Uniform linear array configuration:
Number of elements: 24
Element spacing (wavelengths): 0.5
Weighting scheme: cosine
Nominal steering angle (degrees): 45
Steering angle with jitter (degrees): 45.757
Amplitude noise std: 0.05
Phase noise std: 0.05

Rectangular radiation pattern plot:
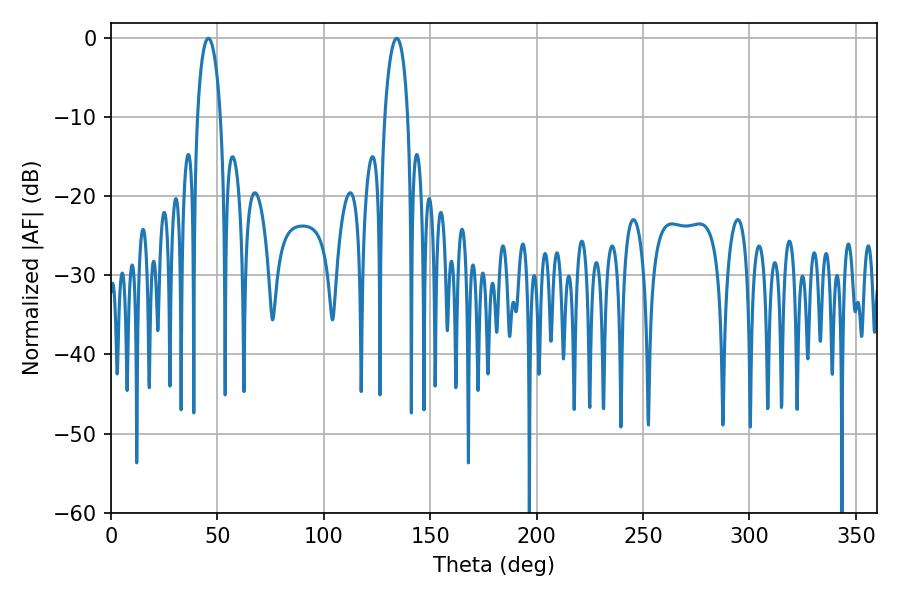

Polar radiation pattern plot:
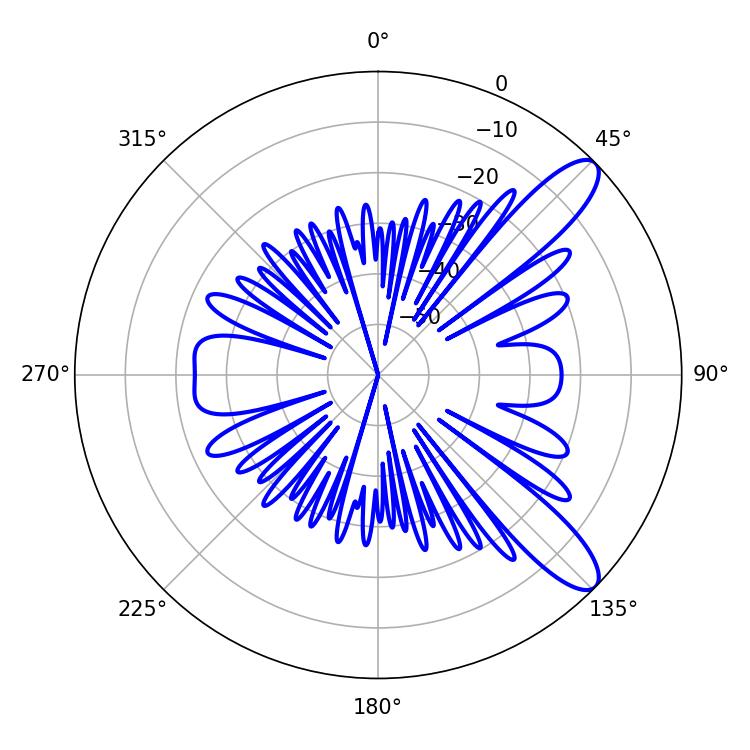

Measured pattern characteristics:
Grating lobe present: FALSE
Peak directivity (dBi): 10.714
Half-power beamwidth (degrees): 6.3
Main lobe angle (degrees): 45.72